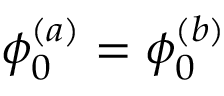
\phi _ { 0 } ^ { ( a ) } = \phi _ { 0 } ^ { ( b ) }